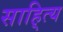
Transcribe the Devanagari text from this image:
साहि्त्य